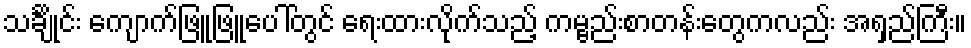
သင်္ချိုင်း ကျောက်ဖြူဖြူပေါ်တွင် ရေးထားလိုက်သည့် ကမ္ဗည်းစာတန်းတွေကလည်း အရှည်ကြီး။